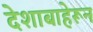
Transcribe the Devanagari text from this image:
देशाबाहेरून